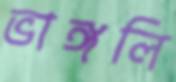
ভাঙ্গলি